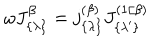
LaTeX: \omega J _ { \{ \lambda \} } ^ { \beta } = j _ { \{ \lambda \} } ^ { ( \beta ) } J _ { \{ \lambda ^ { \prime } \} } ^ { ( 1 / \beta ) }